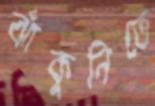
ঝাঁকুনিতে